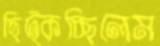
ছিট্‌কচ্ছিলেম